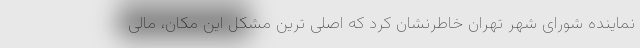
نماینده شورای شهر تهران خاطرنشان کرد که اصلی ترین مشکل این مکان، مالی